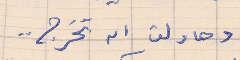
وحاولت ان تخرج  . .